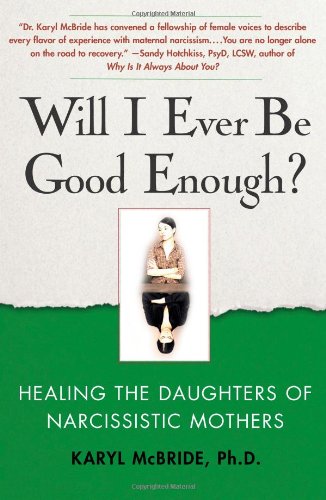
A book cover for Will I Ever Be Good Enough?: Healing the Daughters of Narcissistic Mothers; Dr. Karyl McBride Ph.D.; Self-Help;